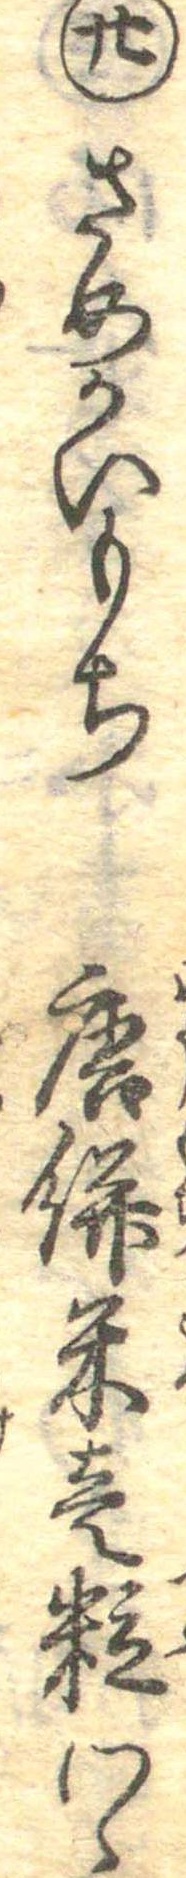
廿さめかいもち唐餅米壱粒つゝ